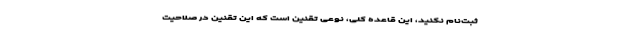
ثبت‌نام نکنید، این قاعده کلی، نوعی تقنین است که این تقنین در صلاحیت